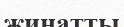
жинатты